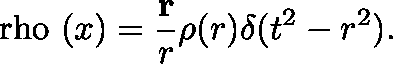
\mathrm { \boldmath ~ \ r h o ~ } ( x ) = \frac { { \bf r } } { r } \rho ( r ) \delta ( t ^ { 2 } - r ^ { 2 } ) .